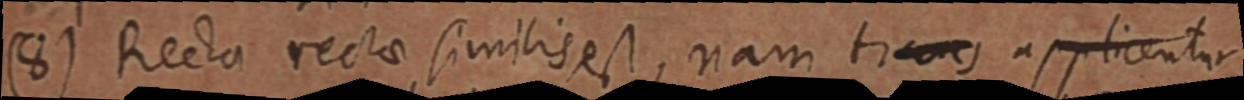
(8) Recta rectae similisest, nam trame appiicentia